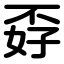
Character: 孬